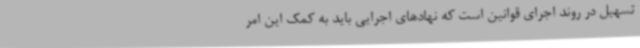
تسهیل در روند اجرای قوانین است که نهادهای اجرایی باید به کمک این امر